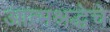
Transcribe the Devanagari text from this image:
आत्मश्रद्धेचे